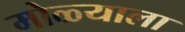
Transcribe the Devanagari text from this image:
मोळ्याला